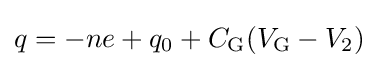
q=-ne+q_{0}+C_{\rm {G}}(V_{\rm {G}}-V_{2})